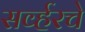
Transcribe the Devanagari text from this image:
सर्व्हरचे